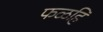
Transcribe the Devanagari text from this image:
फळहि